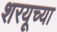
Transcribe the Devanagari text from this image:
शरयूच्या